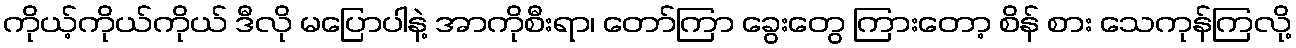
ကိုယ့်ကိုယ်ကိုယ် ဒီလို မပြောပါနဲ့ အာကိုစီးရာ၊ တော်ကြာ ခွေးတွေ ကြားတော့ စိန် စား သေကုန်ကြလို့